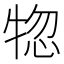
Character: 𤙹